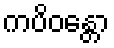
ကပိဝန္တော